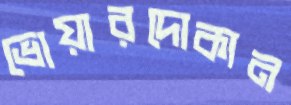
ভোয়ারদোকান